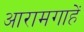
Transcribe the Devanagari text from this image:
आरामगाहें